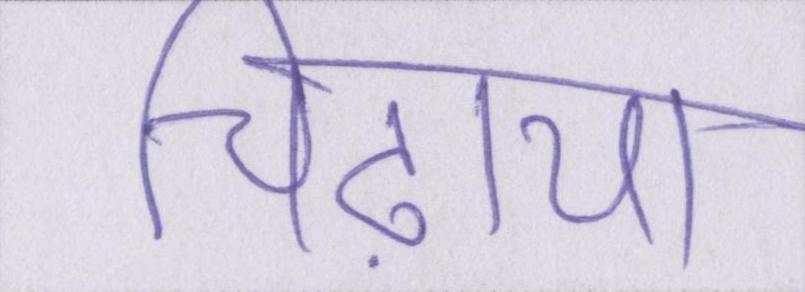
चिढ़ाया